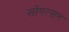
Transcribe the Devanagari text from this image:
सोंगत्सन